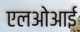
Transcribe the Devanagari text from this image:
एलओआई